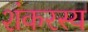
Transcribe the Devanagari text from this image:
शंकरस्य